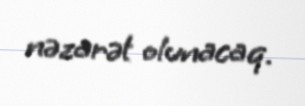
nəzarət olunacaq.